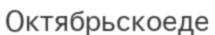
Октябрьскоеде